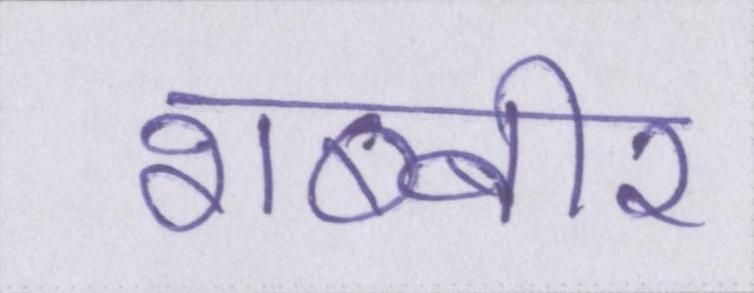
शब्बीर